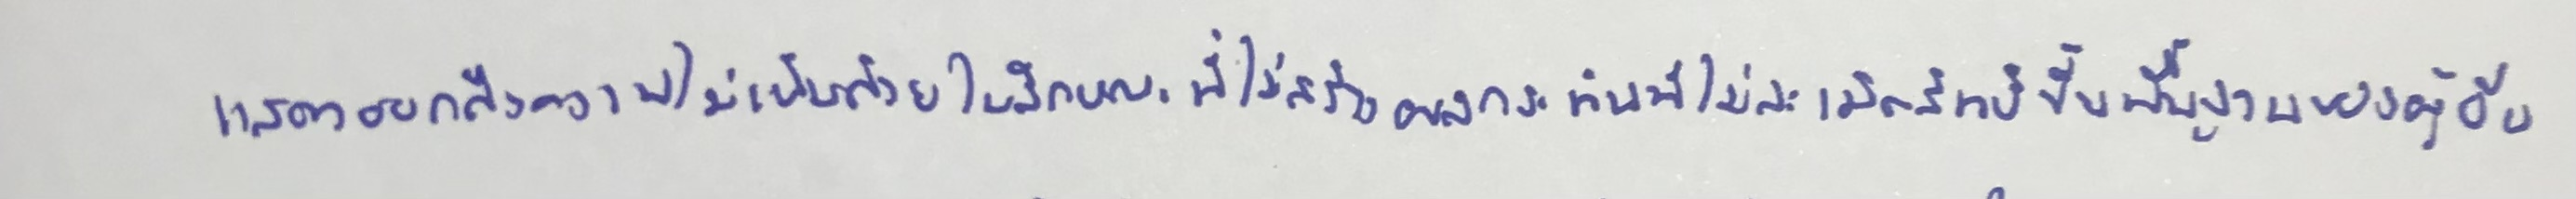
แสดงออกถึงความไม่เห็นด้วยในลักษณะที่ไม่สร้างผลกระทบที่ไม่ละเมิดสิทธิขั้นพื้นฐานของผู้อื่น